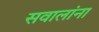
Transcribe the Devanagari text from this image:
सवालांना